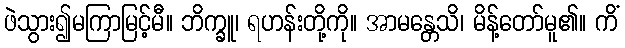
ဖဲသွား၍မကြာမြင့်မီ။ ဘိက္ခူ၊ ရဟန်းတို့ကို။ အာမန္တေသိ၊ မိန့်တော်မူ၏။ ကိံ